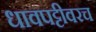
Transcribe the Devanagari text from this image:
धावपट्टीवरच